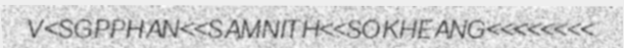
V<SGPPHAN<<SAMNITH<<SOKHEANG<<<<<<<<